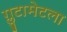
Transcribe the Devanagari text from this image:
ग्लुटामेटला